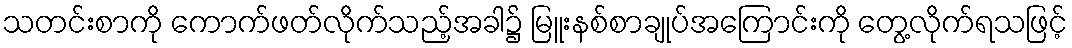
သတင်းစာကို ကောက်ဖတ်လိုက်သည့်အခါ၌ မြူးနစ်စာချုပ်အကြောင်းကို တွေ့လိုက်ရသဖြင့်